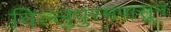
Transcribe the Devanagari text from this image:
विल्लुपुरमपासून